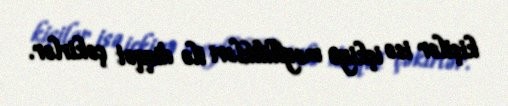
kişilər isə içkiyə meyllilikləri ilə diqqət çəkirlər.